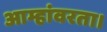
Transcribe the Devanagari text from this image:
आम्हांवरता।